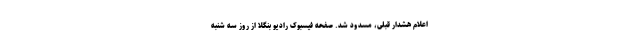
اعلام هشدار قبلی، مسدود شد. صفحه فیسبوک رادیو بنگلا از روز سه شنبه